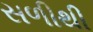
સળીથી